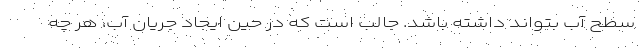
سطح آب بتواند داشته باشد. جالب است که در حین ایجاد جریان آب، هر چه